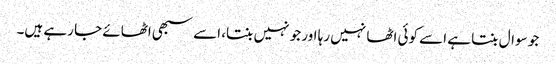
جو سوال بنتا ہے اسے کوئی اٹھا نہیں رہا اور جو نہیں بنتا، اسے سبھی اٹھائے جا رہے ہیں۔